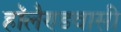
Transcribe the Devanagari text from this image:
हॉलैण्डवासी